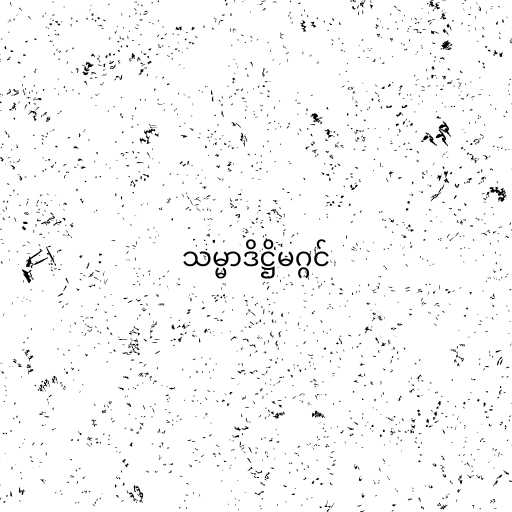
သမ္မာဒိဋ္ဌိမဂ္ဂင်